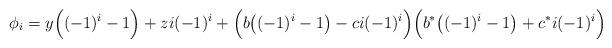
LaTeX: \begin{align*}\phi_i = y\Big((-1)^i-1\Big)+zi(-1)^{i} + \Big(b\big((-1)^i-1\big)-ci(-1)^i\Big)\Big(b^*\big((-1)^i-1\big)+c^*i(-1)^i\Big)\end{align*}